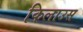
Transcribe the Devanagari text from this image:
किलाउस